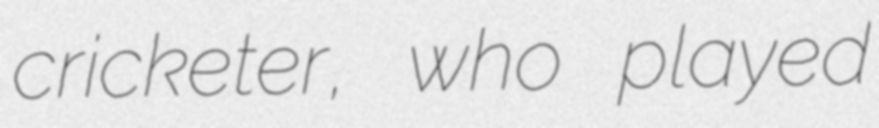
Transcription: cricketer, who played